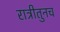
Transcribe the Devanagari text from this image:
रात्रीतुनच